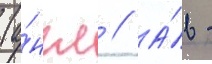
(а́нгл // А́в -